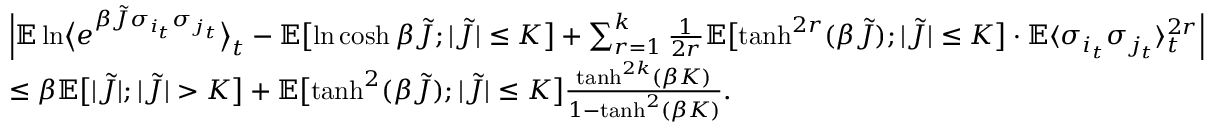
\begin{array} { r l } & { \Bigl | \mathbb E \ln \bigl \langle e ^ { \beta \tilde { J } \sigma _ { i _ { t } } \sigma _ { j _ { t } } } \bigr \rangle _ { t } - \mathbb E \bigl [ \ln \cosh \beta \tilde { J } ; | \tilde { J } | \leq K \bigr ] + \sum _ { r = 1 } ^ { k } \frac { 1 } { 2 r } \mathbb E \bigl [ \operatorname { t a n h } ^ { 2 r } ( \beta \tilde { J } ) ; | \tilde { J } | \leq K \bigr ] \cdot \mathbb E \langle \sigma _ { i _ { t } } \sigma _ { j _ { t } } \rangle _ { t } ^ { 2 r } \Bigr | } \\ & { \leq \beta \mathbb E \bigl [ | \tilde { J } | ; | \tilde { J } | > K \bigr ] + \mathbb E \bigl [ \operatorname { t a n h } ^ { 2 } ( \beta \tilde { J } ) ; | \tilde { J } | \leq K \bigr ] \frac { \operatorname { t a n h } ^ { 2 k } ( \beta K ) } { 1 - \operatorname { t a n h } ^ { 2 } ( \beta K ) } . } \end{array}